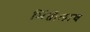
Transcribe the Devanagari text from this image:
भिंतीलाच